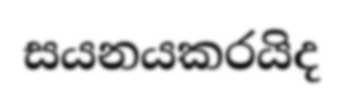
සයනයකරයිද